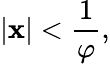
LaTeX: |\mathbf{x}|<{\frac{{1}}{{\varphi}}},